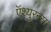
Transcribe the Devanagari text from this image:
ऍश्युरन्स